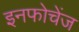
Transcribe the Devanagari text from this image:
इनफोचेंज